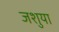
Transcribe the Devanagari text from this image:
जशुया